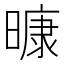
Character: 𭧠